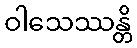
ဝါသေဿန္တိ